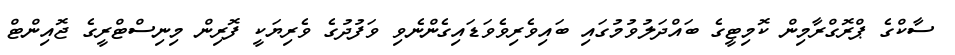
ސާކްގެ ޕްރޮގްރާމިން ކޮމިޓީގެ ބައްދަލުވުމުގައި ބައިވެރިވެވަޑައިގެންނެވި ވަފުދުގެ ވެރިޔަކީ ފޮރިން މިނިސްޓްރީގެ ޖޮއިންޓް